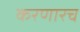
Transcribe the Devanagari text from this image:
करणारच